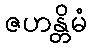
ဇဟန္တိမံ